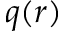
q ( r )